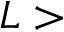
L >